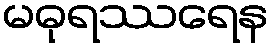
မဓုရဿရေန